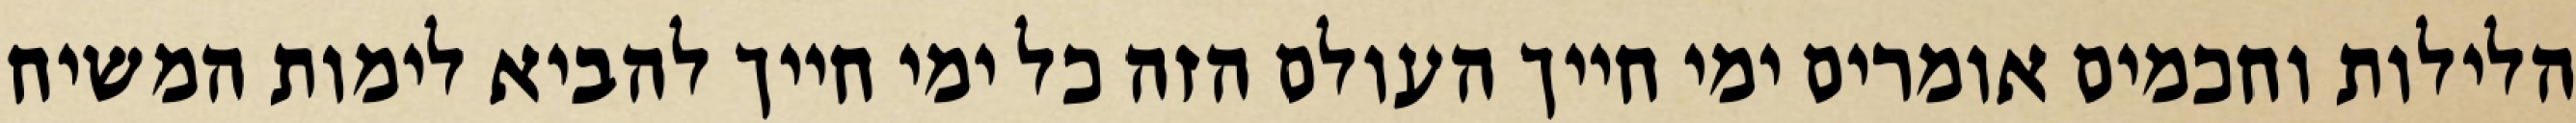
הלילות וחכמים אומרים ימי חייך העולם הזה כל ימי חייך להביא לימות המשיח